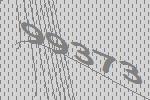
99373